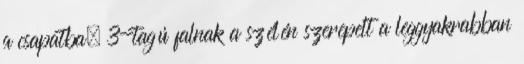
a csapatba, 3-tagú falnak a szélén szerepelt a leggyakrabban